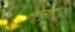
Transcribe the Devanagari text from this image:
लप्सी